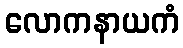
လောကနာယကံ